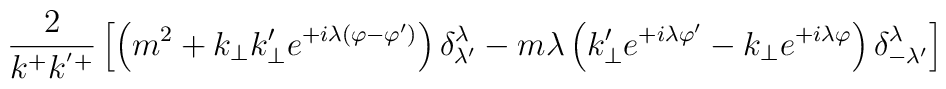
\frac{2}{k^+k^{'+}}\left[\left(m^2+k_{\perp}k'_{\perp}e^{+i\lambda(\varphi-\varphi')}\right)\delta^{\lambda}_{\lambda'}-m\lambda\left(k'_{\perp}e^{+i\lambda \varphi'}-k_{\perp} e^{+i\lambda\varphi}\right)\delta^{\lambda}_{-\lambda'}\right]